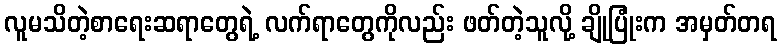
လူမသိတဲ့စာရေးဆရာတွေရဲ့ လက်ရာတွေကိုလည်း ဖတ်တဲ့သူလို့ ချိုပြုံးက အမှတ်တရ